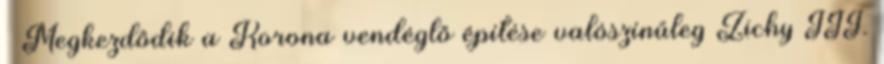
– Megkezdődik a Korona vendéglő építése valószínűleg Zichy III.